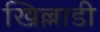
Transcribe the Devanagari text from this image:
खिल्लाडी